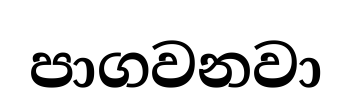
පාගවනවා